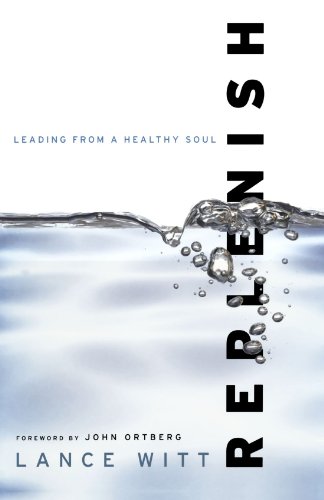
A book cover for Replenish: Leading from a Healthy Soul; Lance Witt; Christian Books & Bibles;